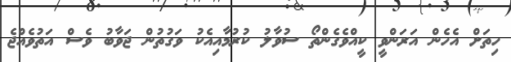
ހިތަށް އެހެން އަރަންވީ ކީއްވެގެންތޯ ސުވާލު ކުރުމާއިއެކު ވަގުތުން ޖަވާބު ވެސް އަތުވެއްޖެ